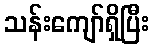
သန်းကျော်ရှိပြီး